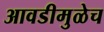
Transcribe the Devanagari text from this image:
आवडीमुळेच